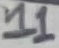
Text: 11